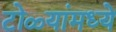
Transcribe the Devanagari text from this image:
टोळ्यांमध्ये